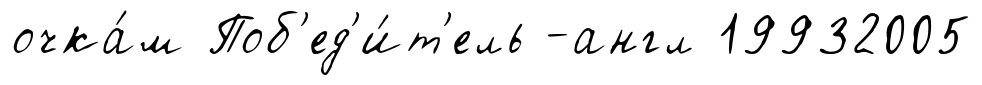
очка́м Поб'ед'и́т'ель -англ 19932005